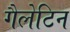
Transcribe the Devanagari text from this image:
गैलेटिन